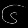
Digit: ၆